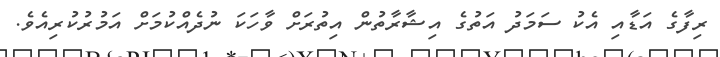
ރިފާގެ އަޑާއި އެކު ސަމަދު އަތުގެ އިޝާރާތުން އިތުރަށް ވާހަކަ ނުދެއްކުމަށް އަމުރުކުރިއެވެ.